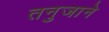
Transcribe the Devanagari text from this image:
तनुजाने